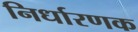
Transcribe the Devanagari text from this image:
निर्धारणक